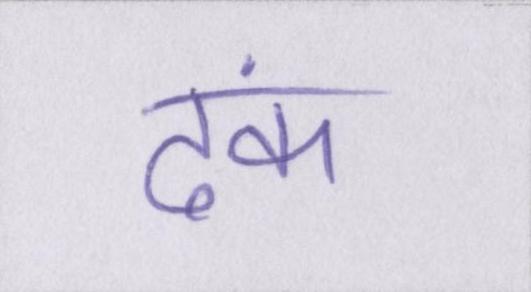
ढंक